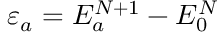
\varepsilon _ { a } = E _ { a } ^ { N + 1 } - E _ { 0 } ^ { N }